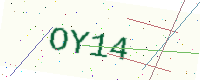
Text: OY14